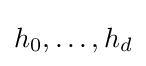
h_{0},\ldots ,h_{d}